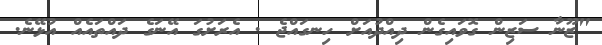
"ޒޫނާ ސަޒިން ގޮވައިގެން ދިއްދުއަށް ހިނގައްޖެ . އެރަށުގަ އޭނަގެ ދައްތައެއް އުޅޭނެ.